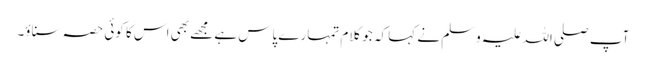
آپ صلی اللہ علیہ وسلم نے کہا کہ جو کلام تمہارے پاس ہے مجھے بھی اس کا کوئی حصہ سناؤ۔